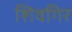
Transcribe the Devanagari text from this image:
शिवगिर